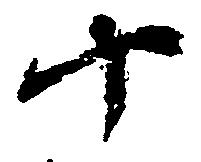
十